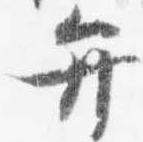
弁